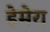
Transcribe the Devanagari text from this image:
हेमेरा